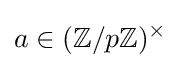
a\in (\mathbb {Z} /p\mathbb {Z} )^{\times }